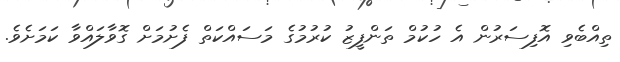
ތިއްބެވި އޮފިސަރުން އެ ހުކުމް ތަންފީޒު ކުރުމުގެ މަސައްކަތް ފެށުމަށް ގޮވާލައްވާ ކަމަށެވެ.